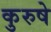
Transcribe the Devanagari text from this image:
कुरुषे